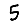
Digit: 5